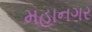
મહાનગર